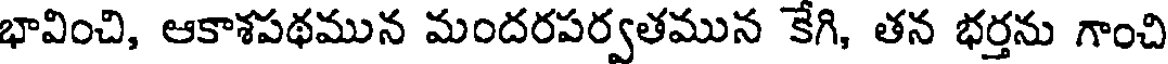
భావించి, ఆకాశపథమున మందరపర్వతమున కేగి, తన భర్తను గాంచి